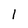
Character: 1